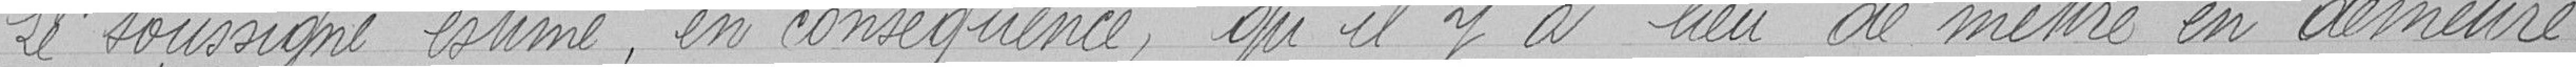
Le soussigné estime, en conséquence, qu'il y a lieu de mettre en demeure